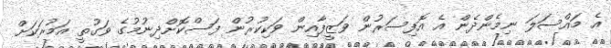
އެ މައްސަލަ ނިމެންދެން އެ އޮފިސަރުން ވަޒީފާއިން ވަކިކުރުން ފަސްކޮށްދިނުމުގެ ވަގުތީ އަމުރަކަށް